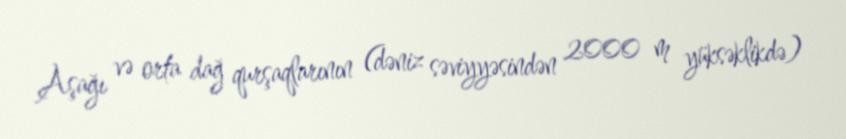
Aşağı və orta dağ qurşaqlarının (dəniz səviyyəsindən 2000 m yüksəklikdə)